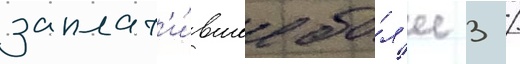
заплат'и́вшее бо́л'ее 3 /